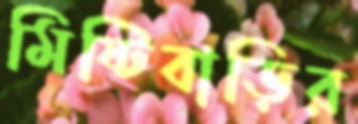
মিষ্টিবাড়ির